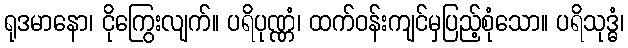
ရုဒမာနော၊ ငိုကြွေးလျက်။ ပရိပုဏ္ဏံ၊ ထက်ဝန်းကျင်မှပြည့်စုံသော။ ပရိသုဒ္ဓံ၊